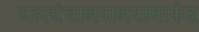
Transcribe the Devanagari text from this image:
महासंचालनालयामार्फत